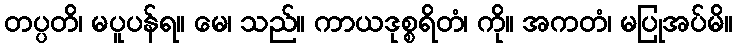
တပ္ပတိ၊ မပူပန်ရ။ မေ၊ သည်။ ကာယဒုစ္စရိတံ၊ ကို။ အကတံ၊ မပြုအပ်မိ။